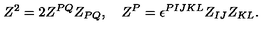
Z ^ { 2 } = 2 Z ^ { P Q } Z _ { P Q } , \quad Z ^ { P } = \epsilon ^ { P I J K L } Z _ { I J } Z _ { K L } .